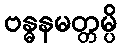
ဗန္ဓနမတ္တမ္ပိ